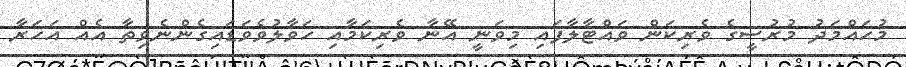
މުޙައްމަދު މުރުސީގެ ވެރިކަން ވައްޓާލާފައި މިވަނީ އޭނާ ވެރިކަމާއި ހަވާލުވެވަޑައިގެންނެވިތާ އެއް އަހަރާ